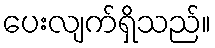
ပေးလျက်ရှိသည်။